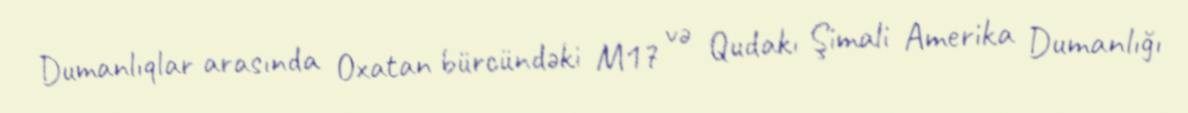
Dumanlıqlar arasında Oxatan bürcündəki M17 və Qudakı Şimali Amerika Dumanlığı